Report of the Indian Hemp Drugs Commission, 1894-1895 - Volume VII
Year: 1894
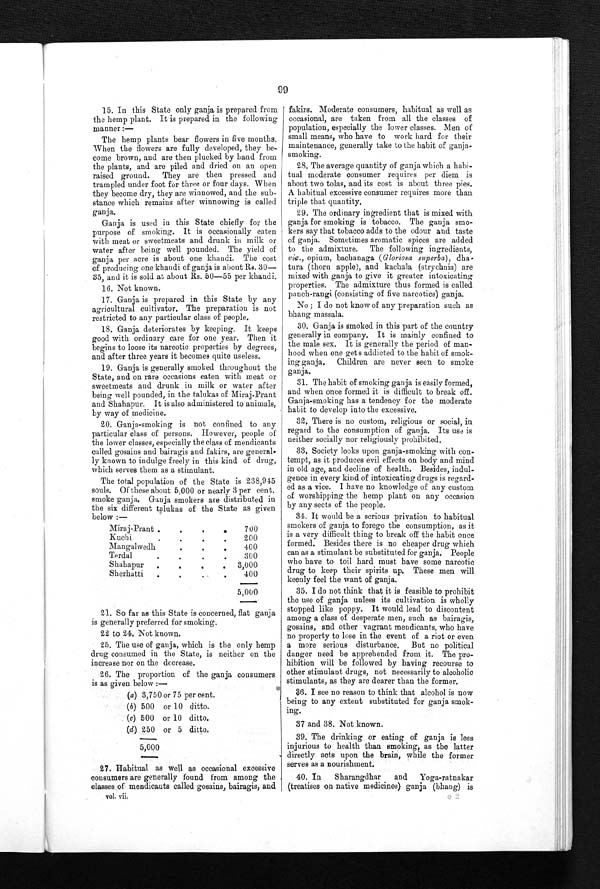
99
15. In this State only ganja is prepared from
the hemp plant. It is prepared in the following
manner
: —
The hemp plants bear flowers in five months.
When the flowers are fully developed, they be
-come brown, and are then plucked by hand from
the plants, and are piled and dried on an open
raised ground. They are then pressed and
trampled under foot for three or four days. When
they become dry, they are winnowed, and the sub
-stance which remains after winnowing is called
ganja.
Ganja is used in this State chiefly for the
purpose of smoking. It is occasionally eaten
with meat or sweetmeats and drunk in milk or
water after being well pounded. The yield of
ganja per acre is about one khandi. The cost
of producing one khandi of ganja is about Rs. 30
— 3 5 , a n d i t i s s o l d a t a b o u t R s . 5 0 — 5 5 p e r k h a n d i .
16. Not known.
17. Ganja is prepared in this State by any
agricultural cultivator. The preparation is not
restricted to any particular class of people.
18. Ganja deteriorates by keeping. It keeps
good with ordinary care for one year. Then it
begins to loose its narcotic properties by degrees,
and after three years it becomes quite useless.
19. Ganja is generally smoked throughout the
State, and on rare occasions eaten with meat or
sweetmeats and drunk in milk or water after
being well pounded, in the talukas of Miraj-Prant
and Shahapur. It is also administered to animals,
by way of medicine.
20. Ganja-smoking is not confined to any
particular class of persons. However, people of
the lower classes, especially the class of mendicants
called gosains and bairagis and fakirs, are general
-ly known to indulge freely in this kind of drug,
which serves them as a stimulant.
The total population of the State is 238,945
souls. Of these about 5,000 or nearly 3 per cent.
smoke ganja. Ganja smokers are distributed in
the six different talukas of the State as given
below:—
Miraj-Prant . . .
700
Kuchi. . .
200
Mangalwedh . . .
400
300
Terdal . . .
Shahapur . . .
3,000
Sherhatti . . .
400
5,000
21. So far as this State is concerned, flat ganja
is generally preferred for smoking.
22 to 24. Not known.
25. The use of ganja, which is the only hemp
drug consumed in the State, is neither on the
increase nor on the decrease.
26. The proportion of the ganja consumers
is as given below:—
(a) 3,750 or 75 per cent.
(b) 500 or 10 ditto.
(c) 500 or 10 ditto.
(d) 250 or 5 ditto.
5,000
27. Habitual as well as occasional excessive
consumers are generally found from among the
classes of mendicants called gosains, bairagis, and
fakirs. Moderate consumers, habitual as well as
occasional, are taken from all the classes of
population, especially the lower classes. Men of
small means, who have to work hard for their
maintenance, generally take to the habit of ganja
- s m o k i n g .
28. The average quantity of ganja which a habi
- t u a l m o d e r a t e c o n s u m e r r e q u i r e s p e r d i e m i s
about two tolas, and its cost is about three pies.
A habitual excessive consumer requires more than
triple that quantity.
29. The ordinary ingredient that is mixed with
ganja for smoking is tobacco. The ganja smo
-kers say that tobacco adds to the odour and taste
of ganja. Sometimes aromatic spices are added
to the admixture. The following ingredients,
viz., opium, bachanaga (Gloriosa superba), dha
-tura (thorn apple), and kachala (strychnia) are
mixed with ganja to give it greater intoxicating
properties. The admixture thus formed is called
panch-rangi (consisting of five narcotics) ganja.
No; I do not know of any preparation such as
bhang massala.
30. Ganja is smoked in this part of the country
generally in company. It is mainly confined to
the male sex. It is generally the period of man
-hood when one gets addicted to the habit of
smoking ganja. Children are never seen to smoke
ganja.
31. The habit of smoking ganja is easily formed,
and when once formed it is difficult to break off.
Ganja-smoking has a tendency for the moderate
habit to develop into the excessive.
32. There is no custom, religious or social, in
regard to the consumption of ganja. Its use is
neither socially nor religiously prohibited.
33. Society looks upon ganja-smoking with con
-tempt, as it produces evil effects on body and mind
in old age, and decline of health. Besides, indul
-gence in every kind of intoxicating drugs is regard
-ed as a vice. I have no knowledge of any custom
of worshipping the hemp plant on any occasion
by any sects of the people.
34. It would be a serious privation to habitual
smokers of ganja to forego the consumption, as it
is a very difficult thing to break off the habit once
formed. Besides there is no cheaper drug which
can as a stimulant be substituted for ganja. People
who have to toil hard must have some narcotic
drug to keep their spirits up. These men will
keenly feel the want of ganja.
35. I do not think that it is feasible to prohibit
the use of ganja unless its cultivation is wholly
stopped like poppy. It would lead to discontent
among a class of desperate men, such as bairagis,
gosains, and other vagrant mendicants, who have
no property to lose in the event of a riot or even
a more serious disturbance. But no political
danger need be apprehended from it. The pro
- h i b i t i o n w i l l b e f o l l o w e d b y h a v i n g r e c o u r s e t o
other stimulant drugs, not necessarily to alcoholic
stimulants, as they are dearer than the former.
36. I see no reason to think that alcohol is now
being to any extent substituted for ganja smok
-ing.
37 and 38. Not known.
39. The drinking or eating of ganja is less
injurious to health than smoking, as the latter
directly acts upon the brain, while the former
serves as a nourishment.
40. In
Sharangdhar and Yoga-ratnakar
(treatises on native medicines) ganja (bhang) is
vol. vii.